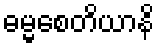
ဓမ္မစေတိယာနိ